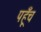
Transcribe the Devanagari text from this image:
पहूँच